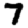
Digit: 7